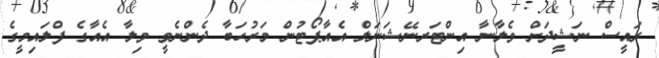
ރައީސް ނަޝީދަށް ވެލާނާ އިންޓަރނޭޝަނަލް އެއާޕޯޓުން މަރުހަބާ ދެންނެވީ ވިލާ އެއާގެ ފްލައިމީގެ